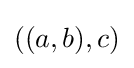
((a,b),c)